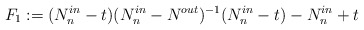
\begin{align*}F_1:=(N^{in}_n-t)(N^{in}_n - N^{out})^{-1}(N^{in}_n-t)- N^{in}_n+t\end{align*}